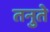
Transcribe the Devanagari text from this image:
तनुते